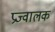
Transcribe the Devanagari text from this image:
प्रज्वालक